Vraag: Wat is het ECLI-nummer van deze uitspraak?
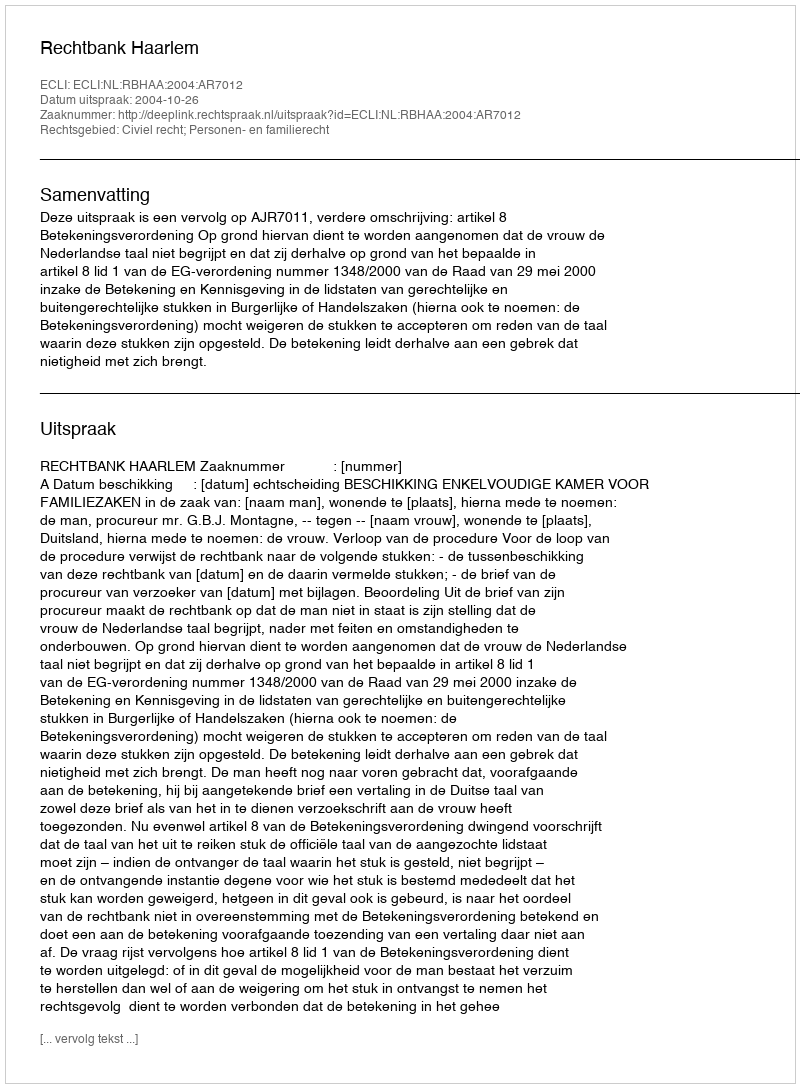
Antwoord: ECLI:NL:RBHAA:2004:AR7012